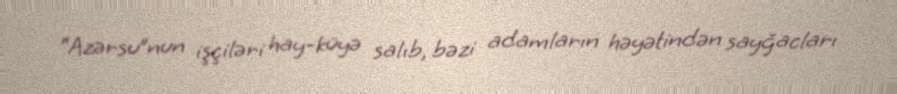
“Azərsu”nun işçiləri hay-küyə salıb, bəzi adamların həyətindən sayğacları